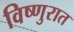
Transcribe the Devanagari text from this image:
विष्णुरात